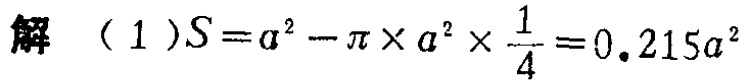
解（1）\(S = a^{2}-\pi\times a^{2}\times\frac{1}{4}=0.215a^{2}\)